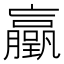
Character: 𫢃